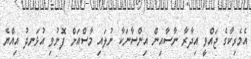
އެމެރިކާގެ ޖައްވީ އިދާރާ ނާސާއިން އިންސާނަކާ ނުލައި މާސްއަށް ފޮނުވި އުޅަނދު އިއްޔެ